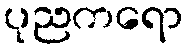
ပုညကရော